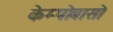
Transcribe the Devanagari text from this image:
केम्पोबासो